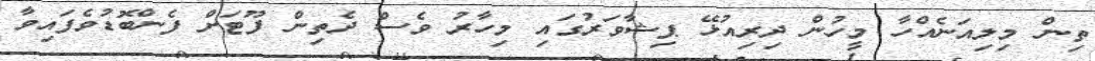
ތިން މިލިއަނެއްހާ މީހުން ދިރިއުޅޭ ޕިޝާވަރުގައި މިހާރު ވެސް ދެތިން ފޫޓަށް ފެންބޮޑުވެފައިވާ